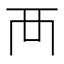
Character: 襾